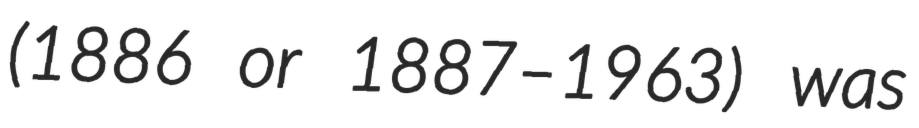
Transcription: (1886 or 1887–1963) was